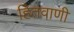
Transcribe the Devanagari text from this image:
हितवाणी